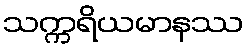
သက္ကရိယမာနဿ